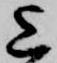
上